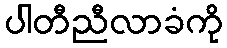
ပါတီညီလာခံကို